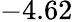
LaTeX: -4.62